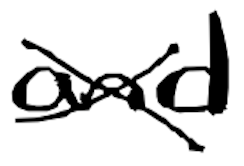
Text: and
Cross-out: cross
Writing tool: digital_black